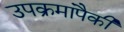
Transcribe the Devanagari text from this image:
उपक्रमांपैकी